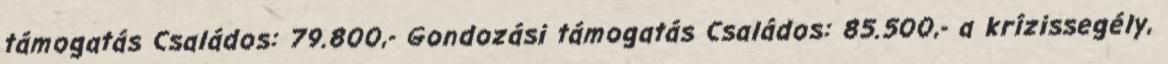
támogatás Családos: 79.800,- Gondozási támogatás Családos: 85.500,- a krízissegély,